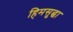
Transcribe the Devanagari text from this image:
हिमसुद्धा